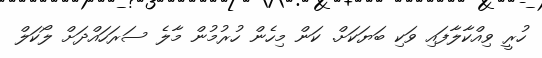
ހުރީ ވިއްކާލާފައި ވަކި ބަޔަކަށް. ކަން މިހެން ހުރުމުން މާލެ ސަރަހައްދަށް ލޯކަލް